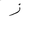
Letter: _zay